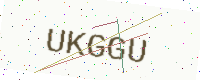
Text: UKGGU